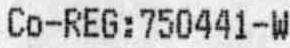
CO-REG:750441-W